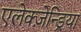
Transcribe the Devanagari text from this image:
एलेक्ज़ेन्ड्रिया